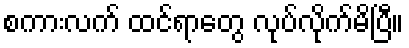
စကားလက် ထင်ရာတွေ လုပ်လိုက်မိပြီ။